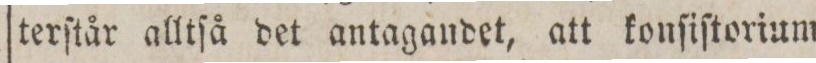
terſtår alltſå det antagandet, att konſiſtorium